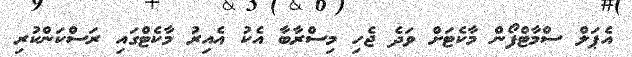
އެޕަލް ސްމާޓްފޯން މާކެޓަށް ވަދެ ޖެހި މިސްރާބާ އެކު އެއިރު މާކެޓްގައި ރަސްކަންކުރި